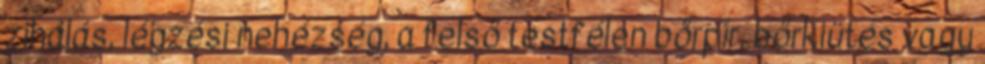
zihálás, légzési nehézség, a felső testfélen bőrpír, bőrkiütés vagy